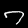
Label: 7